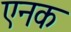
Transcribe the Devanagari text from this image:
एनक